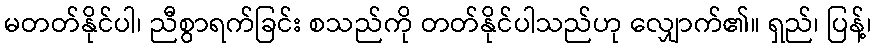
မတတ်နိုင်ပါ၊ ညီစွာရက်ခြင်း စသည်ကို တတ်နိုင်ပါသည်ဟု လျှောက်၏။ ရှည်၊ ပြန့်၊